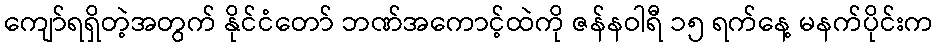
ကျော်ရရှိတဲ့အတွက် နိုင်ငံတော် ဘဏ်အကောင့်ထဲကို ဇန်နဝါရီ ၁၅ ရက်နေ့ မနက်ပိုင်းက